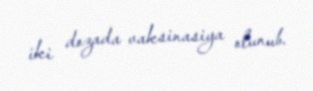
iki dozada vaksinasiya olunub.